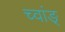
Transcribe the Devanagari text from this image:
च्वांङ्